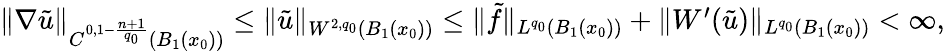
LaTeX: \begin{array}{r}{\| \nabla\tilde{u}\| _{C^{0,1-\frac{n+1}{q_{0}}}(B_{1}(x_{0}))}\leq\| \tilde{u}\| _{W^{2,q_{0}}(B_{1}(x_{0}))}\leq\| \tilde{f}\| _{L^{q_{0}}(B_{1}(x_{0}))}+\| W^{\prime}(\tilde{u})\| _{L^{q_{0}}(B_{1}(x_{0}))}<\infty,}\end{array}